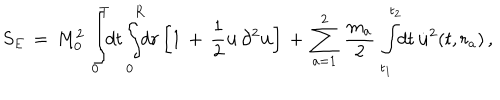
LaTeX: S _ { E } \, = \, M _ { 0 } ^ { 2 } \, \int _ { 0 } ^ { T } \! \! d t \int _ { 0 } ^ { R } \! \! d r \left[ 1 \, + \, \frac { 1 } { 2 } { \bf u } \, \partial ^ { 2 } { \bf u } \right] \, + \, \sum _ { a = 1 } ^ { 2 } \, \frac { m _ { a } } { 2 } \, \int _ { t _ { 1 } } ^ { t _ { 2 } } \! \! d t \, { \dot { \bf u } } ^ { 2 } ( t , r _ { a } ) \, { , }